Civil Veterinary Dept. Bombay admin report 1914-1922 - 1914-1922
Year: 1914
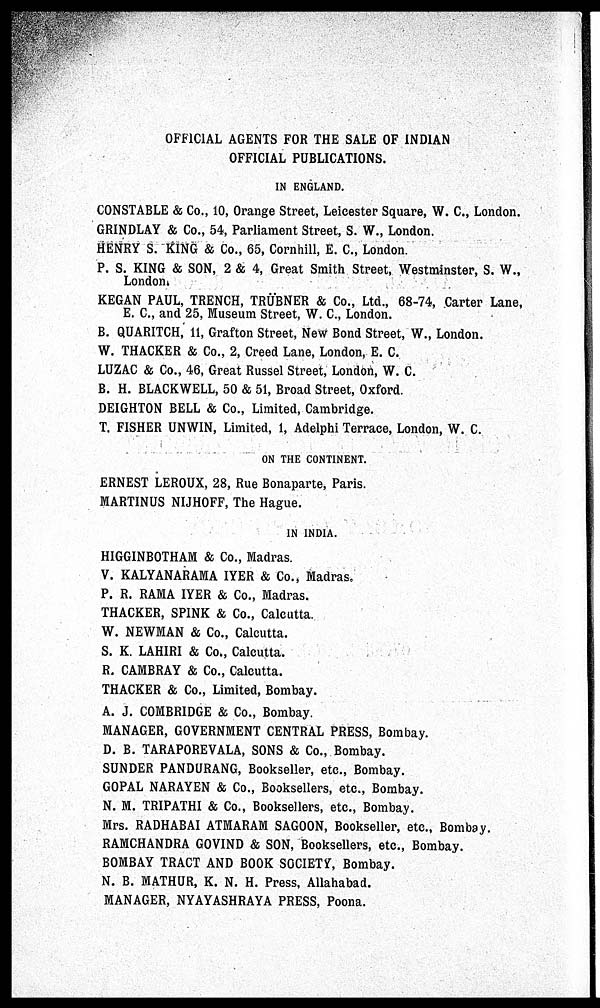
OFFICIAL AGENTS FOR THE SALE OF INDIAN
OFFICIAL PUBLICATIONS.
IN ENGLAND.
CONSTABLE & Co., 10, Orange Street, Leicester Square, W. C, London.
GRINDLAY & Co., 54, Parliament Street, S. W., London.
HENRY S. KING & Co., 65, Cornhill, E. C, London.
P. S. KING & SON, 2 & 4, Great Smith Street, Westminster, S. W.,
London.
KEGAN PAUL, TRENCH, TRÜBNER & Co., Ltd., 68-74, Carter Lane,
E. C., and 25, Museum Street, W. C, London.
B. QUARITCH, 11, Grafton Street, New Bond Street, W., London.
W. THACKER & Co., 2, Creed Lane, London, E. C.
LUZAC & Co., 46, Great Russel Street, London, W. C.
B. H. BLACKWELL, 50 & 51, Broad Street, Oxford.
DEIGHTON BELL & Co., Limited, Cambridge.
T. FISHER UNWIN, Limited, 1, Adelphi Terrace, London, W. C.
ON THE CONTINENT.
ERNEST LEROUX, 28, Rue Bonaparte, Paris.
MARTINUS NIJHOFF, The Hague.
IN INDIA.
HIGGINBOTHAM & Co., Madras.
V. KALYANARAMA IYER & Co., Madras
P. R. RAMA IYER & Co., Madras.
THACKER, SPINK & Co., Calcutta.
W. NEWMAN & Co., Calcutta.
S. K. LAHIRI & Co., Calcutta.
R. CAMBRAY & Co., Calcutta.
THACKER & Co., Limited, Bombay.
A. J. COMBRIDGE & Co., Bombay.
MANAGER, GOVERNMENT CENTRAL PRESS, Bombay.
D. B. TARAPOREVALA, SONS & Co., Bombay.
SUNDER PANDURANG, Bookseller, etc., Bombay.
GOPAL NARAYEN & Co., Booksellers, etc., Bombay.
N. M. TRIPATHI & Co., Booksellers, etc., Bombay.
Mrs. RADHABAI ATMARAM SAGOON, Bookseller, etc., Bombay.
RAMCHANDRA GOVIND & SON, Booksellers, etc., Bombay.
BOMBAY TRACT AND BOOK SOCIETY, Bombay.
N. B. MATHUR, K. N. H. Press, Allahabad.
MANAGER, NYAYASHRAYA PRESS, Poona.